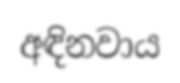
අඳිනවාය